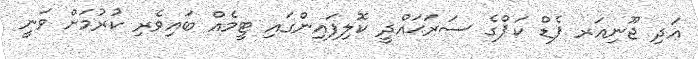
އަދި ޖޫނިއަރ ފެޑް ކަޕްގެ ސަރަޙައްދީ ކޮލިފައިންގައި ޓީމެއް ބައިވެރި ކުރުމަށް ވަނީ